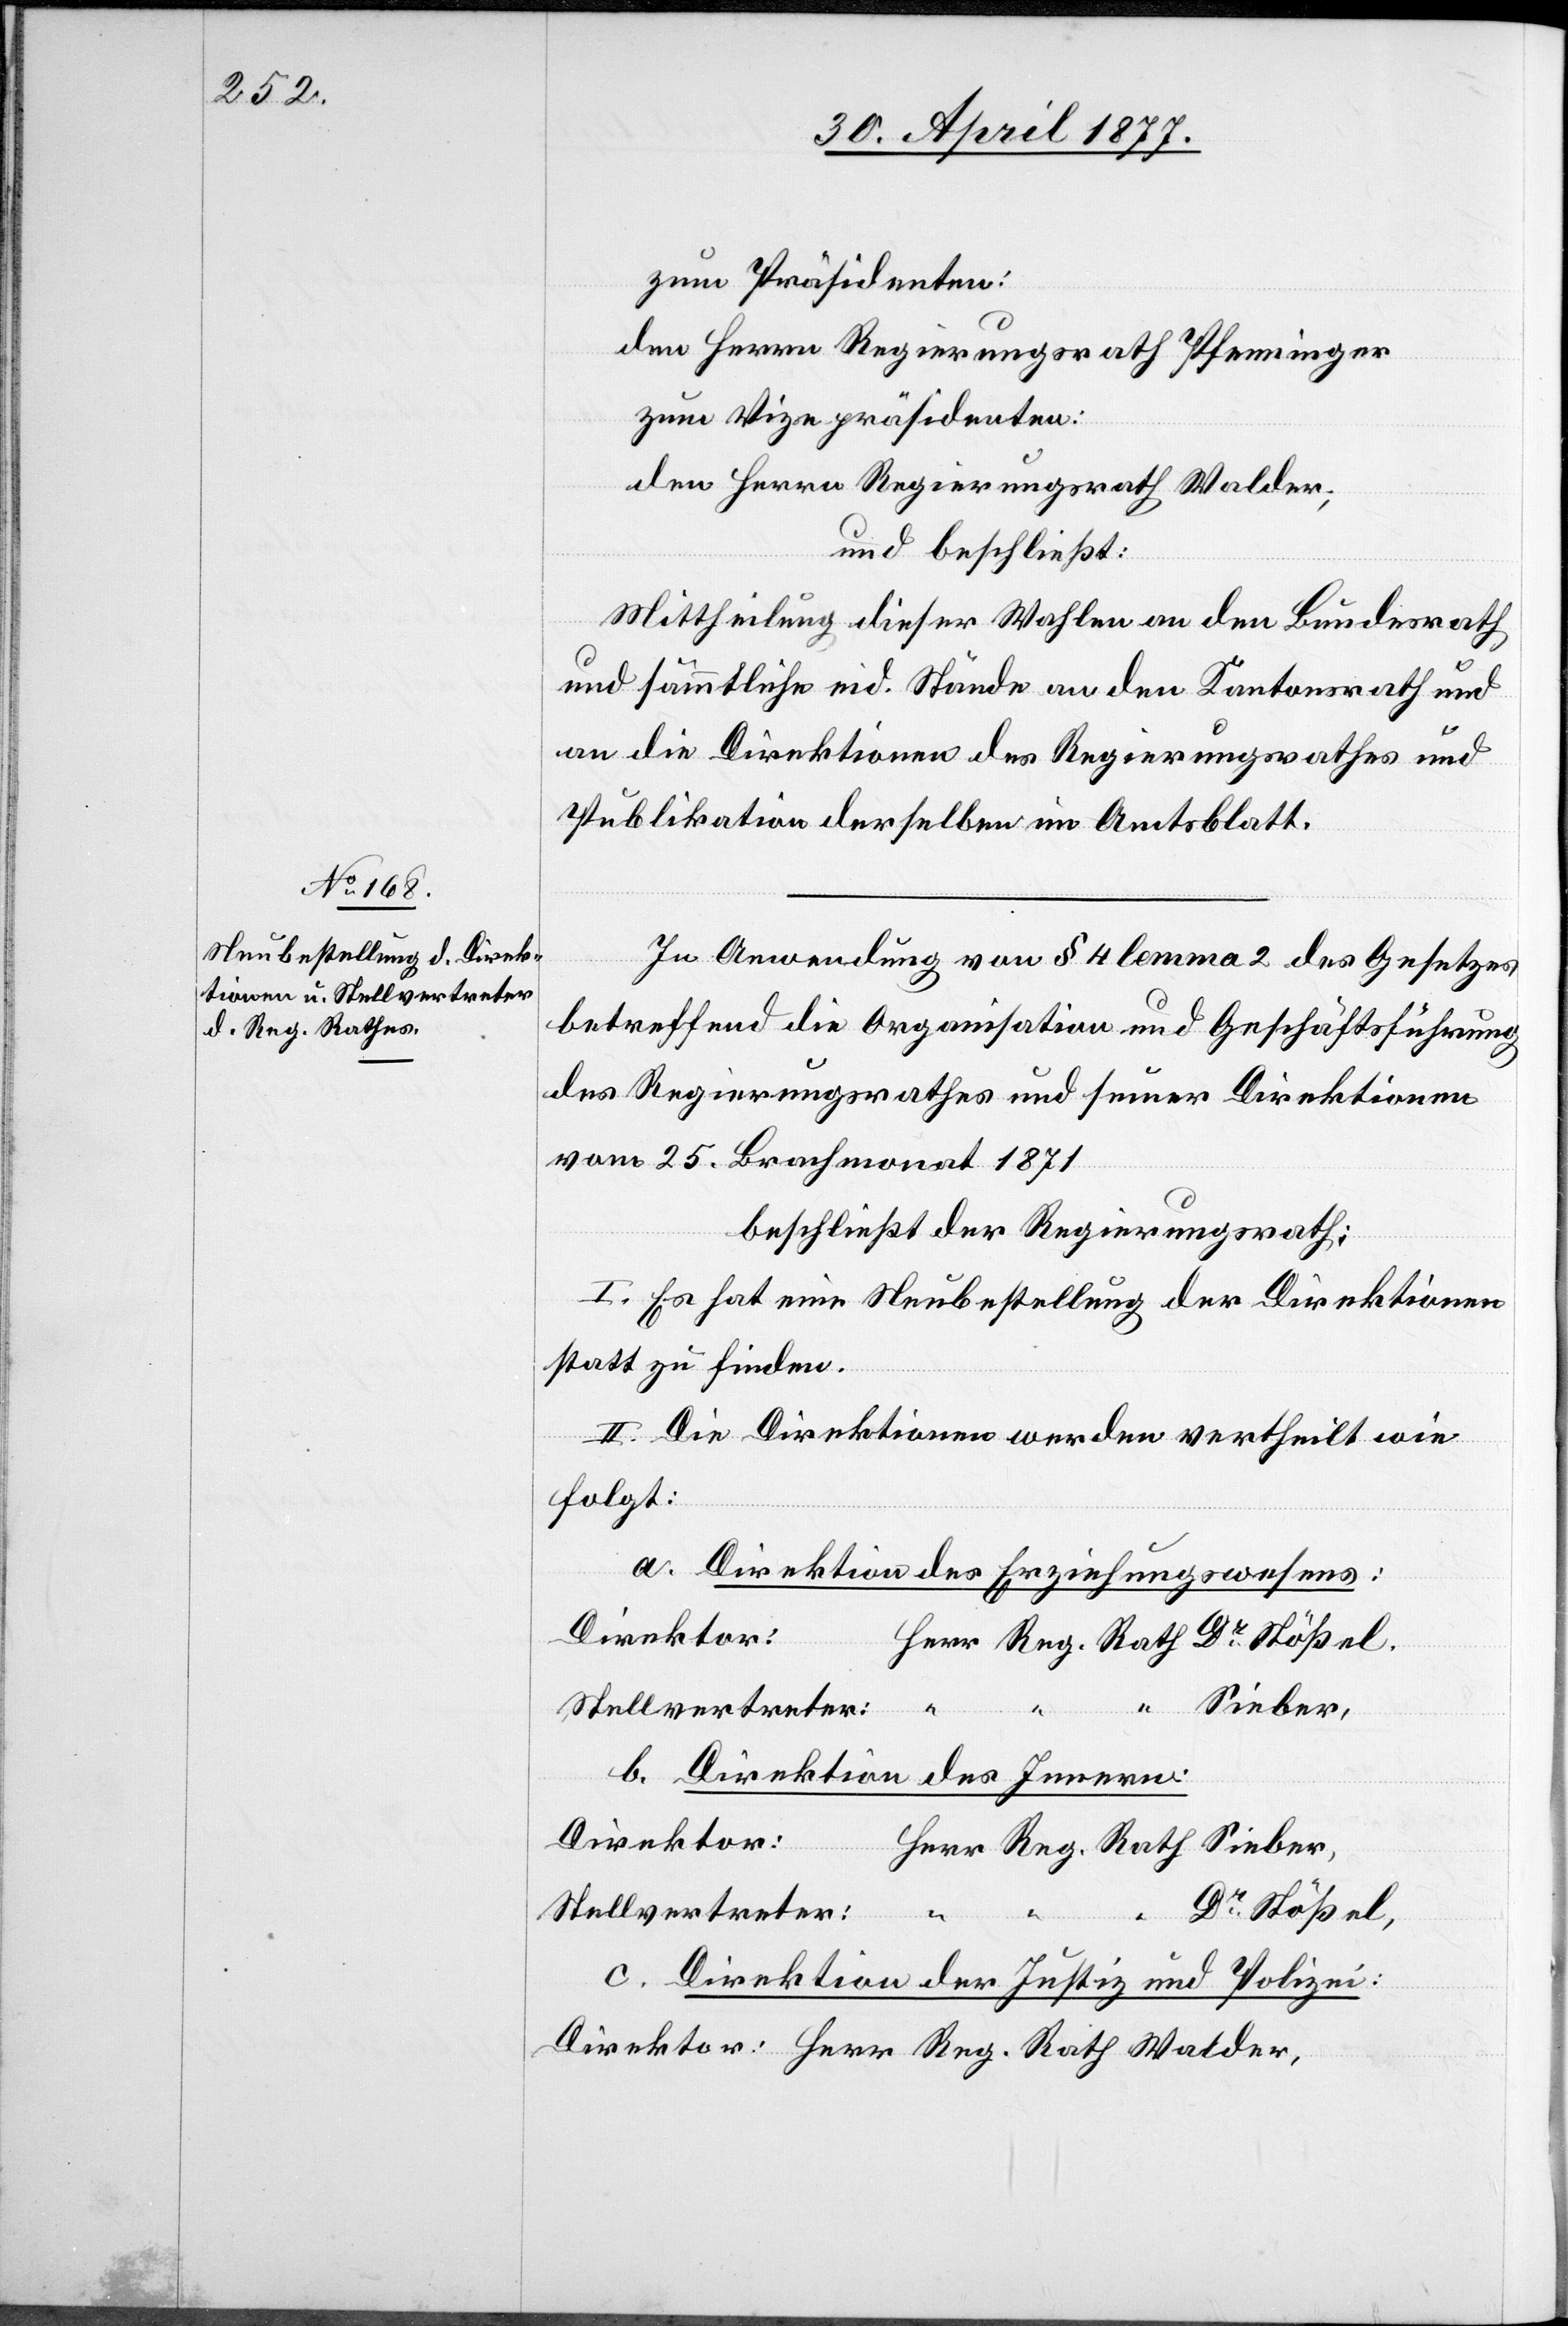
zum Präsidenten:
den Herrn Regierungsrath Pfenninger
zum Vizepräsidenten:
den Herrn Regierungsrath Walder;
und beschließt:
Mittheilung dieser Wahlen an den Bundesrath
und sämmtliche eid. Stände[,] an den Kantonsrath und
an die Direktionen des Regierungsrathes und
Publikation derselben im Amtsblatt.
In Anwendung von § 4 lemma 2 des Gesetzes
betreffend die Organisation und Geschäftsführung
des Regierungsrathes und seiner Direktionen
vom 25. Brachmonat 1871
beschließt der Regierungsrath,
I. Es hat eine Neubestellung der Direktionen
statt zu finden.
II. Die Direktionen werden vertheilt wie
folgt:
a. Direktion des Erziehungswesens:
Direktor:
Sieber,
Stellvertreter
b. Direktion des Innern:
Direktor:
Reg.
Stellvertreter:
c. Direktion der Justiz und Polizei: